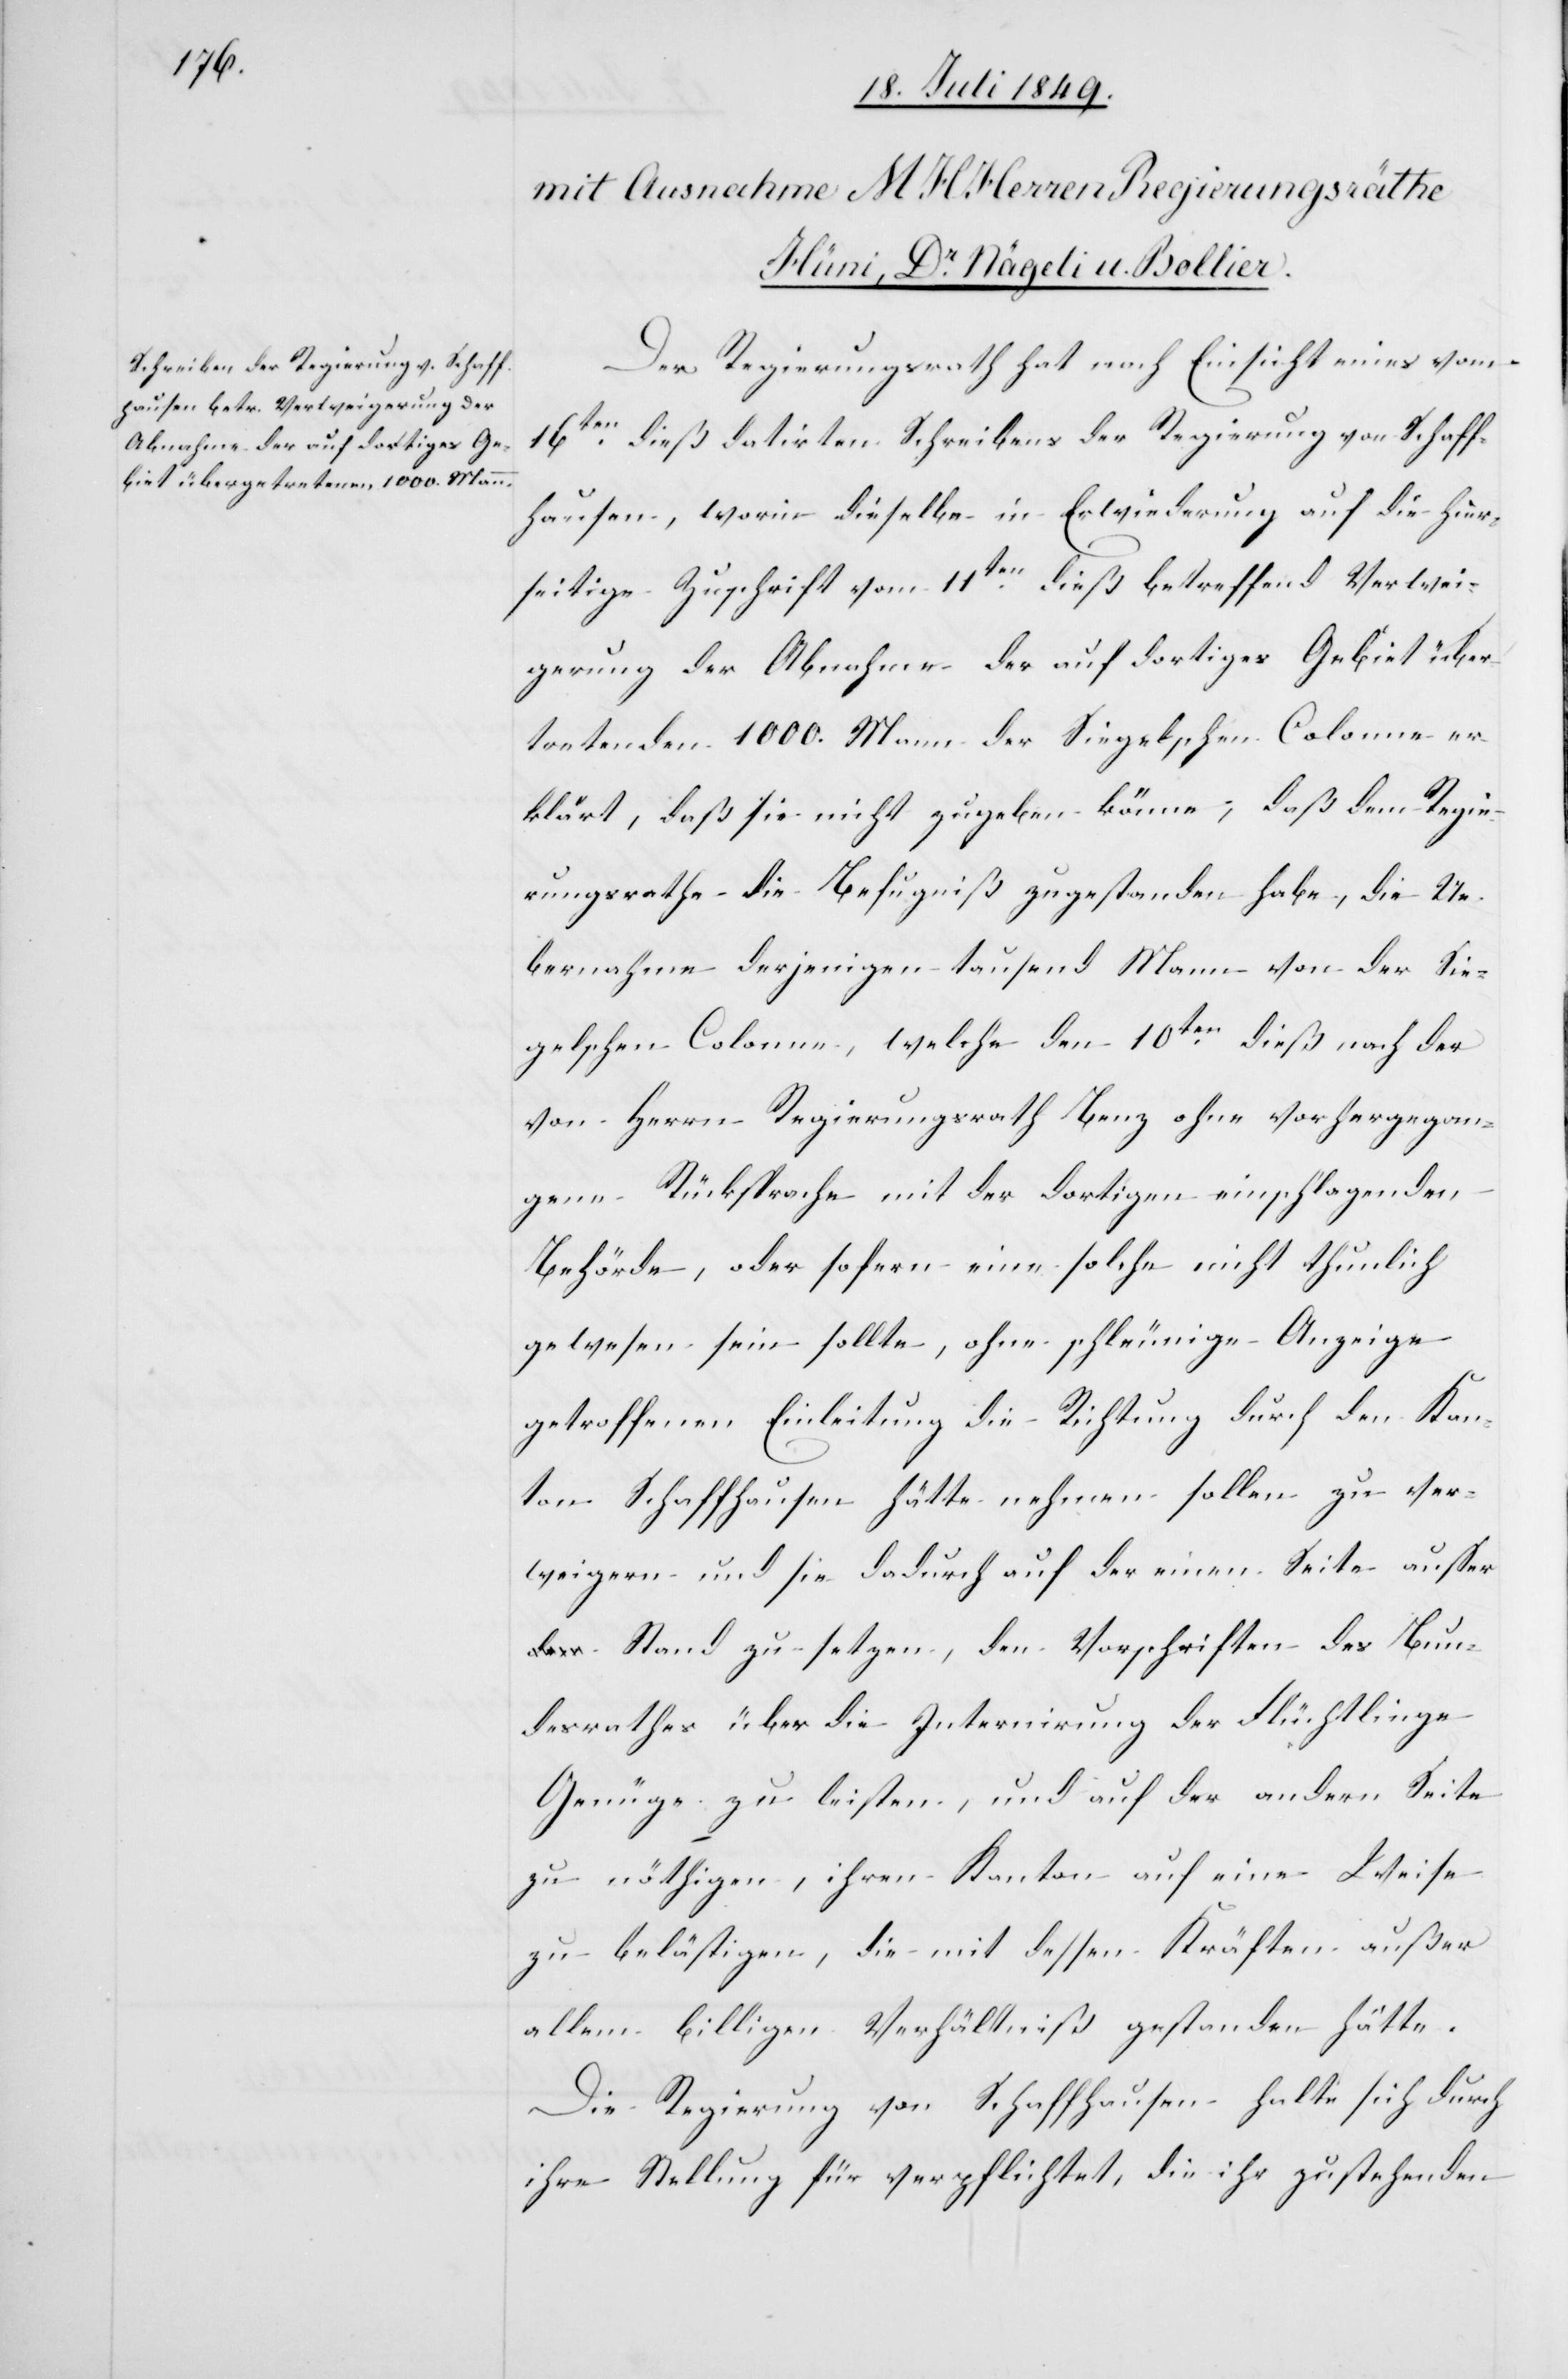
Der Regierungsrath hat nach Einsicht eines vom
16ten dieß datirten Schreibens der Regierung von Schaff¬
hausen, worin dieselbe in Erwiederung auf die hier¬
seitige Zuschrift vom 11ten dieß betreffend Verwei¬
gerung der Abnahme der auf dortiges Gebiet über¬
tretenden 1000. Mann der Siegelschen Colonne er¬
klärt, daß sie nicht zugeben könne, daß dem Regie¬
rungsrathe die Befugniß zugestanden habe, die Ue¬
bernahme derjenigen tausend Mann von der Sie¬
gelschen Colonne, welche den 10ten dieß nach der
von Herrn Regierungsrath Benz ohne vorhergegan¬
gene Rücksprache mit der dortigen einschlagenden
Behörde, oder sofern eine solche nicht thunlich
gewesen sein sollte, ohne schleunige Anzeige
getroffenen Einleitung die Richtung durch den Kan¬
ton Schaffhausen hätte nehmen sollen zu ver¬
weigern und sie dadurch auf der einen Seite ausser
Stand zu setzen, den Vorschriften des Bun¬
desrathes über die Internirung der Flüchtlinge
Genüge zu leisten, und auf der andern Seite
zu nöthigen, ihren Kanton auf eine Weise
zu belästigen, die mit dessen Kräften außer
allem billigen Verhältniß gestanden hätte.
Die Regierung von Schaffhausen halte sich durch
ihre Stellung für verpflichtet, die ihr zustehenden